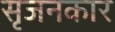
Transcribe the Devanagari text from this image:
सृजनकार